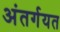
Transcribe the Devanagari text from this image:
अंतर्गयत